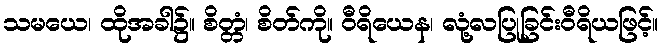
သမယေ၊ ထိုအခါ၌။ စိတ္တံ၊ စိတ်ကို။ ဝီရိယေန၊ လုံ့လပြုခြင်းဝီရိယဖြင့်။